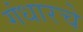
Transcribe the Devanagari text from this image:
गंधारचे